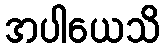
အပါယေသိ